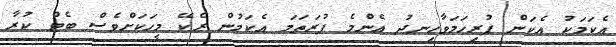
އެކަމަކު އެކަން ފުރިހަމަވާހިނދު އެންމެ ފުރަތަމަ އެކަމުން ރެކޭ މީހަކަށްވެސް ބެޓް ކުރާ